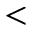
<